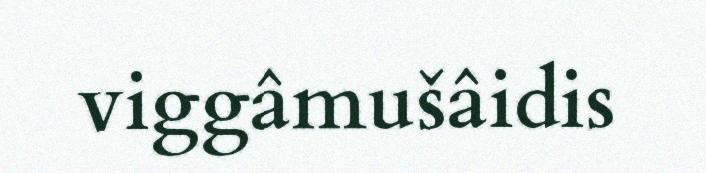
viggâmušâidis